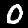
Digit: 0